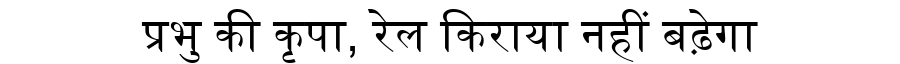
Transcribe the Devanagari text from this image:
प्रभु की कृपा, रेल किराया नहीं बढ़ेगा